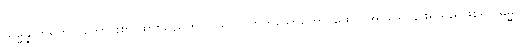
သမ္မန္နာဟရိတွာ၊ ကောင်းစွာ ထားသည်ကို ပြု၍။ ဩဟိတသောတော၊ ထောင်အပ်သောနားရှိသည်ဖြစ်၍။ ဓမ္မံ၊